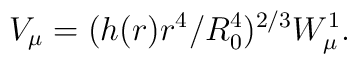
V_{\mu} = (h(r)r^4/R_0^4)^{2/3}W^1_{\mu}.